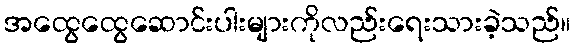
အထွေထွေဆောင်းပါးများကိုလည်းရေးသားခဲ့သည်။